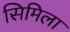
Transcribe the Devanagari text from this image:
सिमिला